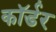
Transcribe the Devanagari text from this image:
कॉर्डर